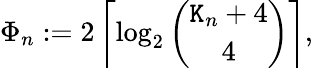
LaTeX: \Phi_{n}:=2\left\lceil\log_{2}\binom{\mathtt{K}_{n}+4}{4}\right\rceil,